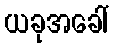
ယခုအခေါ်